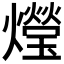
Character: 𤑚